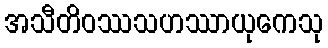
အသီတိဝဿသဟဿာယုကေသု